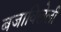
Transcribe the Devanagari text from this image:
बजाविलेली